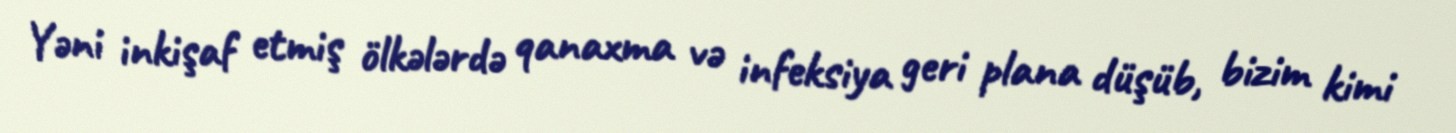
Yəni inkişaf etmiş ölkələrdə qanaxma və infeksiya geri plana düşüb, bizim kimi